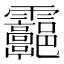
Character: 𩇑